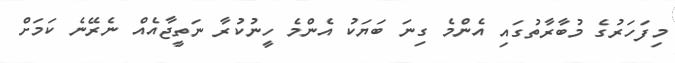
މިފަހަރުގެ މުބާރާތުގައި އެންމެ ގިނަ ބަޔަކު އެންމެ ހީނުކުރާ ނަތީޖާއެއް ނެރޭނެ ކަމަށް